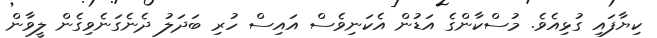
ކިޔާފައި ގުޅިއެވެ. މުސްކާންގެ އަޑުން އެކަނިވެސް އައިސް ހުރި ބަދަލު ދެނެގަނެވިގެން ލީވާން